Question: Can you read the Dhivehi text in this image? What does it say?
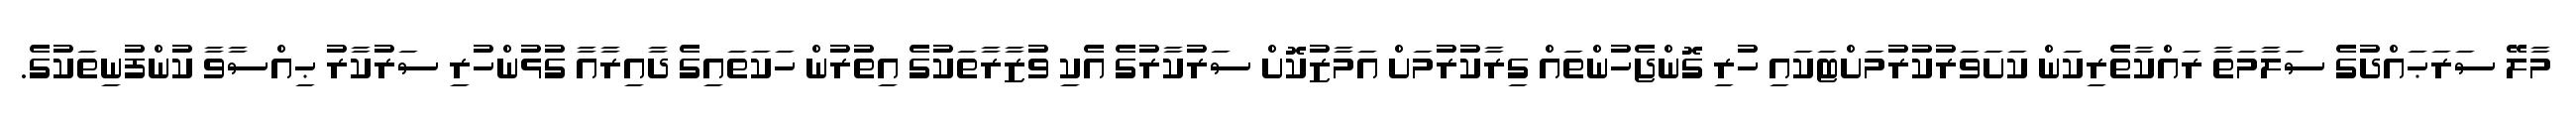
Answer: މާލޭ ސަރަޙައްދުގެ ސަލާމަތާ ރައްކާތެރިކަން ކަށަވަރުކުރުމަށްޓަކައި ހުރި ގޮންޖެހުންތައް ގިރާކުރުމަށް އަމާޒުކޮށް ސަރުކާރުގެ އެކި ވުޒާރާތަކުގެ އިތުރުން ހަކަތައިގެ ދާއިރާއާ ގުޅުންހުރި ސަރުކާރު ޙިއްސާވާ ކުންފުނިތަކުގެ.